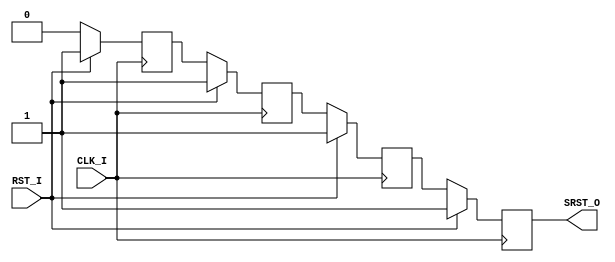
module Local_Reset #(
							parameter
							RESET_PERIOD	=	4
							)
(
input		wire		CLK_I,
input		wire		RST_I,
output	wire		SRST_O
);

///////////////////////////////////////////////////////////////////////////////////////
// SIGNALS LOCAL TO MODULE
///////////////////////////////////////////////////////////////////////////////////////

reg 	[RESET_PERIOD:0]	RstQ;

///////////////////////////////////////////////////////////////////////////////////////
// SYNTHESIS SPECIFIC INSTRUCTIONS
///////////////////////////////////////////////////////////////////////////////////////

	initial
		begin
			RstQ[RESET_PERIOD:1]={RESET_PERIOD{1'b1}};
			RstQ[0]=1'b0;
		end

///////////////////////////////////////////////////////////////////////////////////////
// RESET PROCESS	::	This process generates a reset signal that is high
//						:: for PERIOD-1 clocks. It does this by loading the registers 
//						:: as 1111....0 and then left shifting by 0 per clock
///////////////////////////////////////////////////////////////////////////////////////

always
RstQ[0] = 1'b0;


genvar i;

		generate
			for(i=1;i<RESET_PERIOD+1;i=i+1)
				always@(posedge CLK_I)
					if(RST_I)
					RstQ[i]	<=	1;
					else
					RstQ[i]	<=	RstQ[i-1];
		endgenerate

	assign SRST_O	=	RstQ[RESET_PERIOD];


endmodule